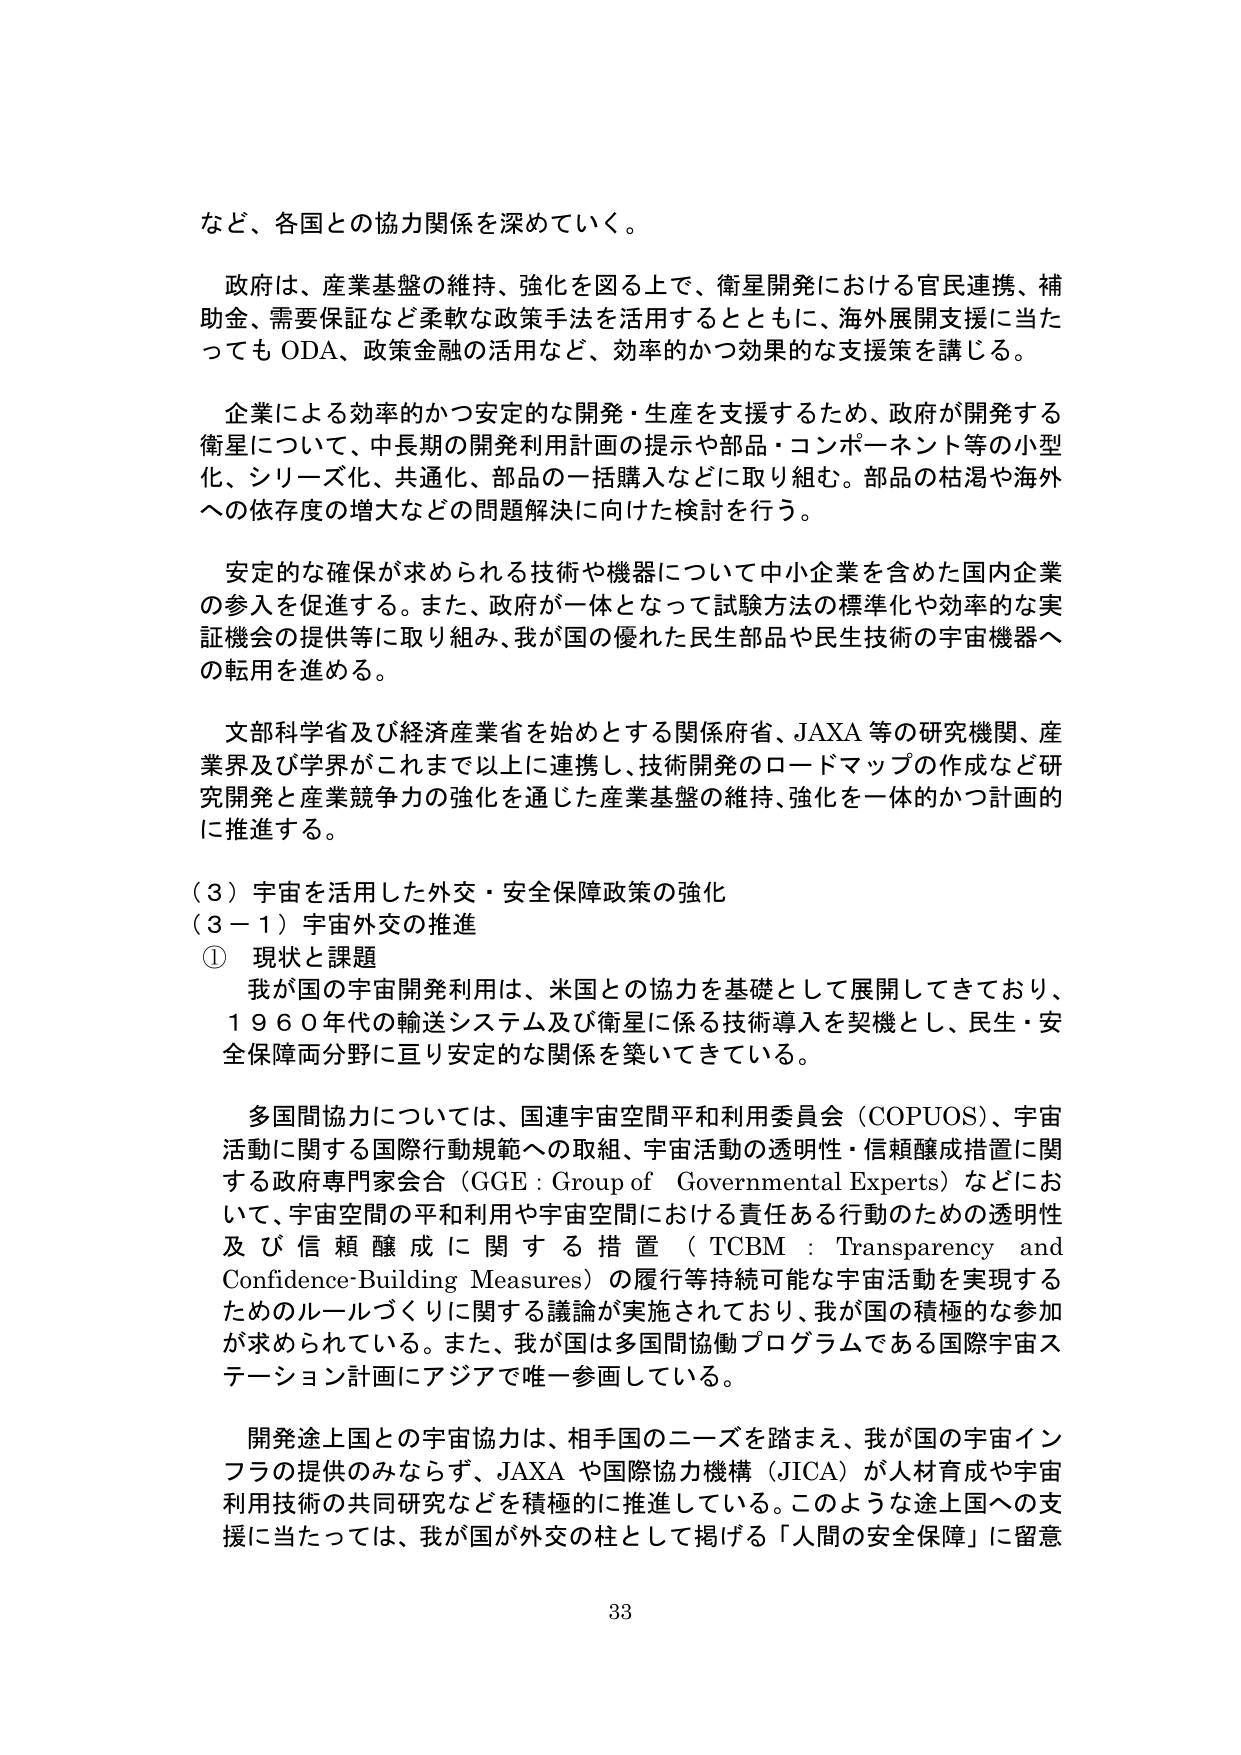
など、各国との協力関係を深めていく。

政府は、産業基盤の維持、強化を図る上で、衛星開発における官民連携、補助金、需要保証など柔軟な政策手法を活用するとともに、海外展開支援に当たっても ODA、政策金融の活用など、効率的かつ効果的な支援策を講じる。

企業による効率的かつ安定的な開発・生産を支援するため、政府が開発する衛星について、中長期の開発利用計画の提示や部品・コンポーネント等の小型化、シリーズ化、共通化、部品の一括購入などに取り組む。部品の枯渇や海外への依存度の増大などの問題解決に向けた検討を行う。

安定的な確保が求められる技術や機器について中小企業を含めた国内企業の参入を促進する。また、政府が一体となって試験方法の標準化や効率的な実証機会の提供等に取り組み、我が国の優れた民生部品や民生技術の宇宙機器への転用を進める。

文部科学省及び経済産業省を始めとする関係府省、JAXA 等の研究機関、産業界及び学界がこれまで以上に連携し、技術開発のロードマップの作成など研究開発と産業競争力の強化を通じた産業基盤の維持、強化を一体的かつ計画的に推進する。

（３）宇宙を活用した外交・安全保障政策の強化
（３－１）宇宙外交の推進
① 現状と課題
我が国の宇宙開発利用は、米国との協力を基礎として展開してきており、１９６０年代の輸送システム及び衛星に係る技術導入を契機とし、民生・安全保障両分野に亘り安定的な関係を築いてきている。

多国間協力については、国連宇宙空間平和利用委員会（COPUOS）、宇宙活動に関する国際行動規範への取組、宇宙活動の透明性・信頼醸成措置に関する政府専門家会合（GGE：Group of Governmental Experts）などにおいて、宇宙空間の平和利用や宇宙空間における責任ある行動のための透明性及び信頼醸成に関する措置（TCBM：Transparency and Confidence-Building Measures）の履行等持続可能な宇宙活動を実現するためのルールづくりに関する議論が実施されており、我が国の積極的な参加が求められている。また、我が国は多国間協働プログラムである国際宇宙ステーション計画にアジアで唯一参画している。

開発途上国との宇宙協力は、相手国のニーズを踏まえ、我が国の宇宙インフラの提供のみならず、JAXA や国際協力機構（JICA）が人材育成や宇宙利用技術の共同研究などを積極的に推進している。このような途上国への支援に当たっては、我が国が外交の柱として掲げる「人間の安全保障」に留意

33